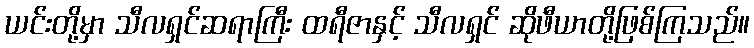
ယင်းတို့မှာ သီလရှင်ဆရာကြီး ထရီဇာနှင့် သီလရှင် ဆိုဖီယာတို့ဖြစ်ကြသည်။